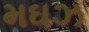
મઘઝ